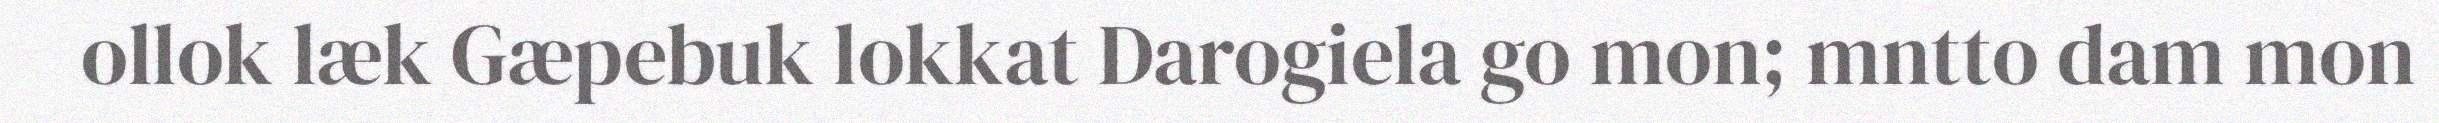
ollok læk Gæpebuk lokkat Darogiela go mon; mntto dam mon